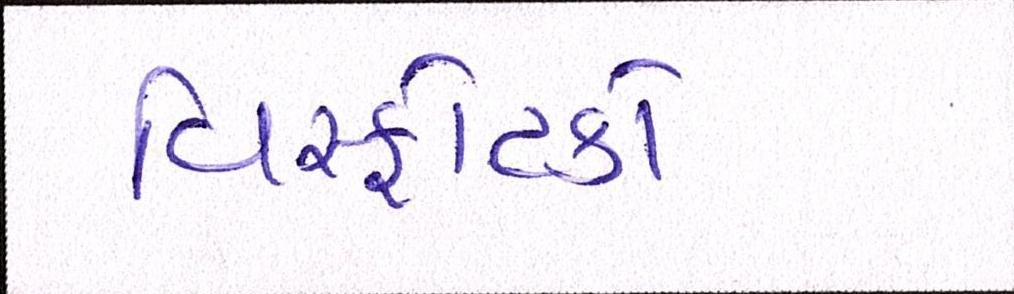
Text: વિસ્ફોટકો